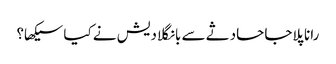
رانا پلاجا حادثے سے بانگلادیش نے کیا سیکھا؟